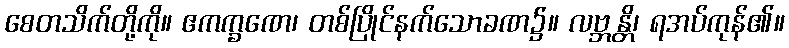
စေတသိက်တို့ကို။ ဧကက္ခဏေ၊ တစ်ပြိုင်နက်သောခဏ၌။ လဗ္ဘန္တိ၊ ရအပ်ကုန်၏။